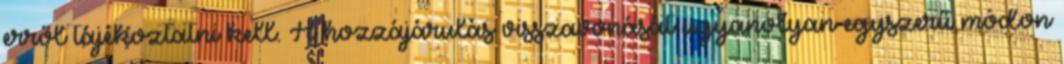
erről tájékoztatni kell. A hozzájárulás visszavonását ugyanolyan egyszerű módon